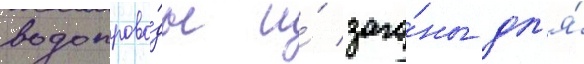
водопрово́ды и́ заго́ны дл'я́